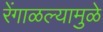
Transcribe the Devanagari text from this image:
रेंगाळल्यामुळे